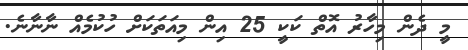
މީ ދެން މިހާރު އޮތް ކަަކީ 25 އިން މިއަތަކަށް ހުކުމެއް ނާނާނެ.